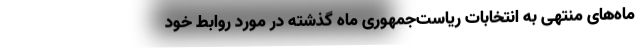
ماه‌های منتهی به انتخابات ریاست‌جمهوری ماه گذشته در مورد روابط خود